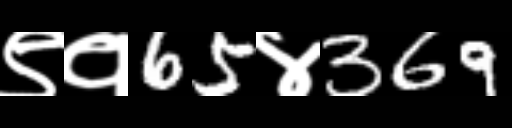
Text: ९१65४369